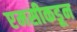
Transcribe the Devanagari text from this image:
एमसीकडून